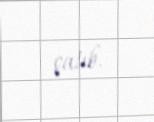
çatıb.